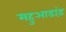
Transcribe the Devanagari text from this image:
महुआडांड़